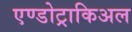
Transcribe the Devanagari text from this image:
एण्डोट्राकिअल